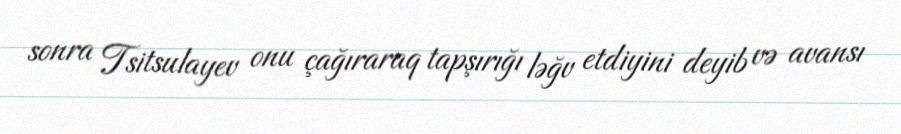
sonra Tsitsulayev onu çağıraraq tapşırığı ləğv etdiyini deyib və avansı